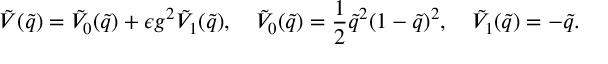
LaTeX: \tilde { V } ( \tilde { q } ) = \tilde { V } _ { 0 } ( \tilde { q } ) + \epsilon g ^ { 2 } \tilde { V } _ { 1 } ( \tilde { q } ) , \quad \tilde { V } _ { 0 } ( \tilde { q } ) = \frac { 1 } { 2 } \tilde { q } ^ { 2 } ( 1 - \tilde { q } ) ^ { 2 } , \quad \tilde { V } _ { 1 } ( \tilde { q } ) = - \tilde { q } .